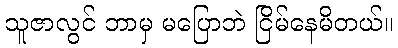
သူဇာလွင် ဘာမှ မပြောဘဲ ငြိမ်နေမိတယ်။